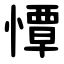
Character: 憛